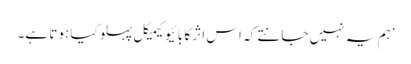
’ہم یہ نہیں جانتے کہ اس اثر کا بائیوکیمیکل پہلو کیا ہوتا ہے۔